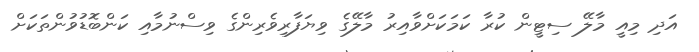
އަދި މިއީ މާލޭ ސިޓީން ކުރާ ކަމަކަށްވާއިރު މާލޭގެ ވިިޔަފާރިވެރިންގެ ވިސްނުމާއި ކަންބޮޑުވުންތަކަށް